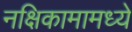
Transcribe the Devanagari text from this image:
नक्षिकामामध्ये